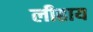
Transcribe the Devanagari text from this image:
लीहाय